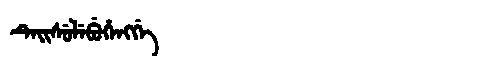
Manchu: ᡨᡝᡳᠰᡠᠯᡝᠪᡠᡥᡝᠩᡤᡝ
Romanization: TEISULEBUHENGGE